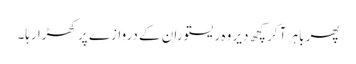
پھر باہر آ کر کچھ دیر وہ ریستوران کے دروازے پر کھڑا رہا۔